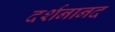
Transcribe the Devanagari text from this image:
दर्शनानद